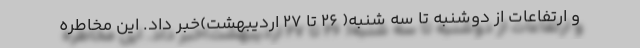
و ارتفاعات از دوشنبه تا سه شنبه( ۲۶ تا ۲۷ اردیبهشت)خبر داد. این مخاطره